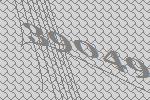
39049